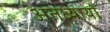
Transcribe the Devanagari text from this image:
अनध्यायों